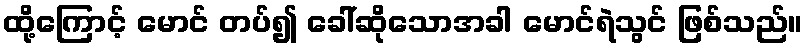
ထို့ကြောင့် မောင် တပ်၍ ခေါ်ဆိုသောအခါ မောင်ရဲသွင် ဖြစ်သည်။